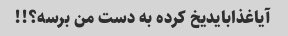
آیاغذابایدیخ کرده به دست من برسه؟!!